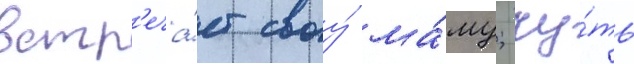
встр'еча́ет своу́ ма́му; чу́ть